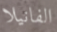
الفانيلا